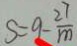
S = 9 - \frac { 2 7 } { m }